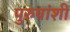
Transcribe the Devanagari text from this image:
पुरुषांशीं